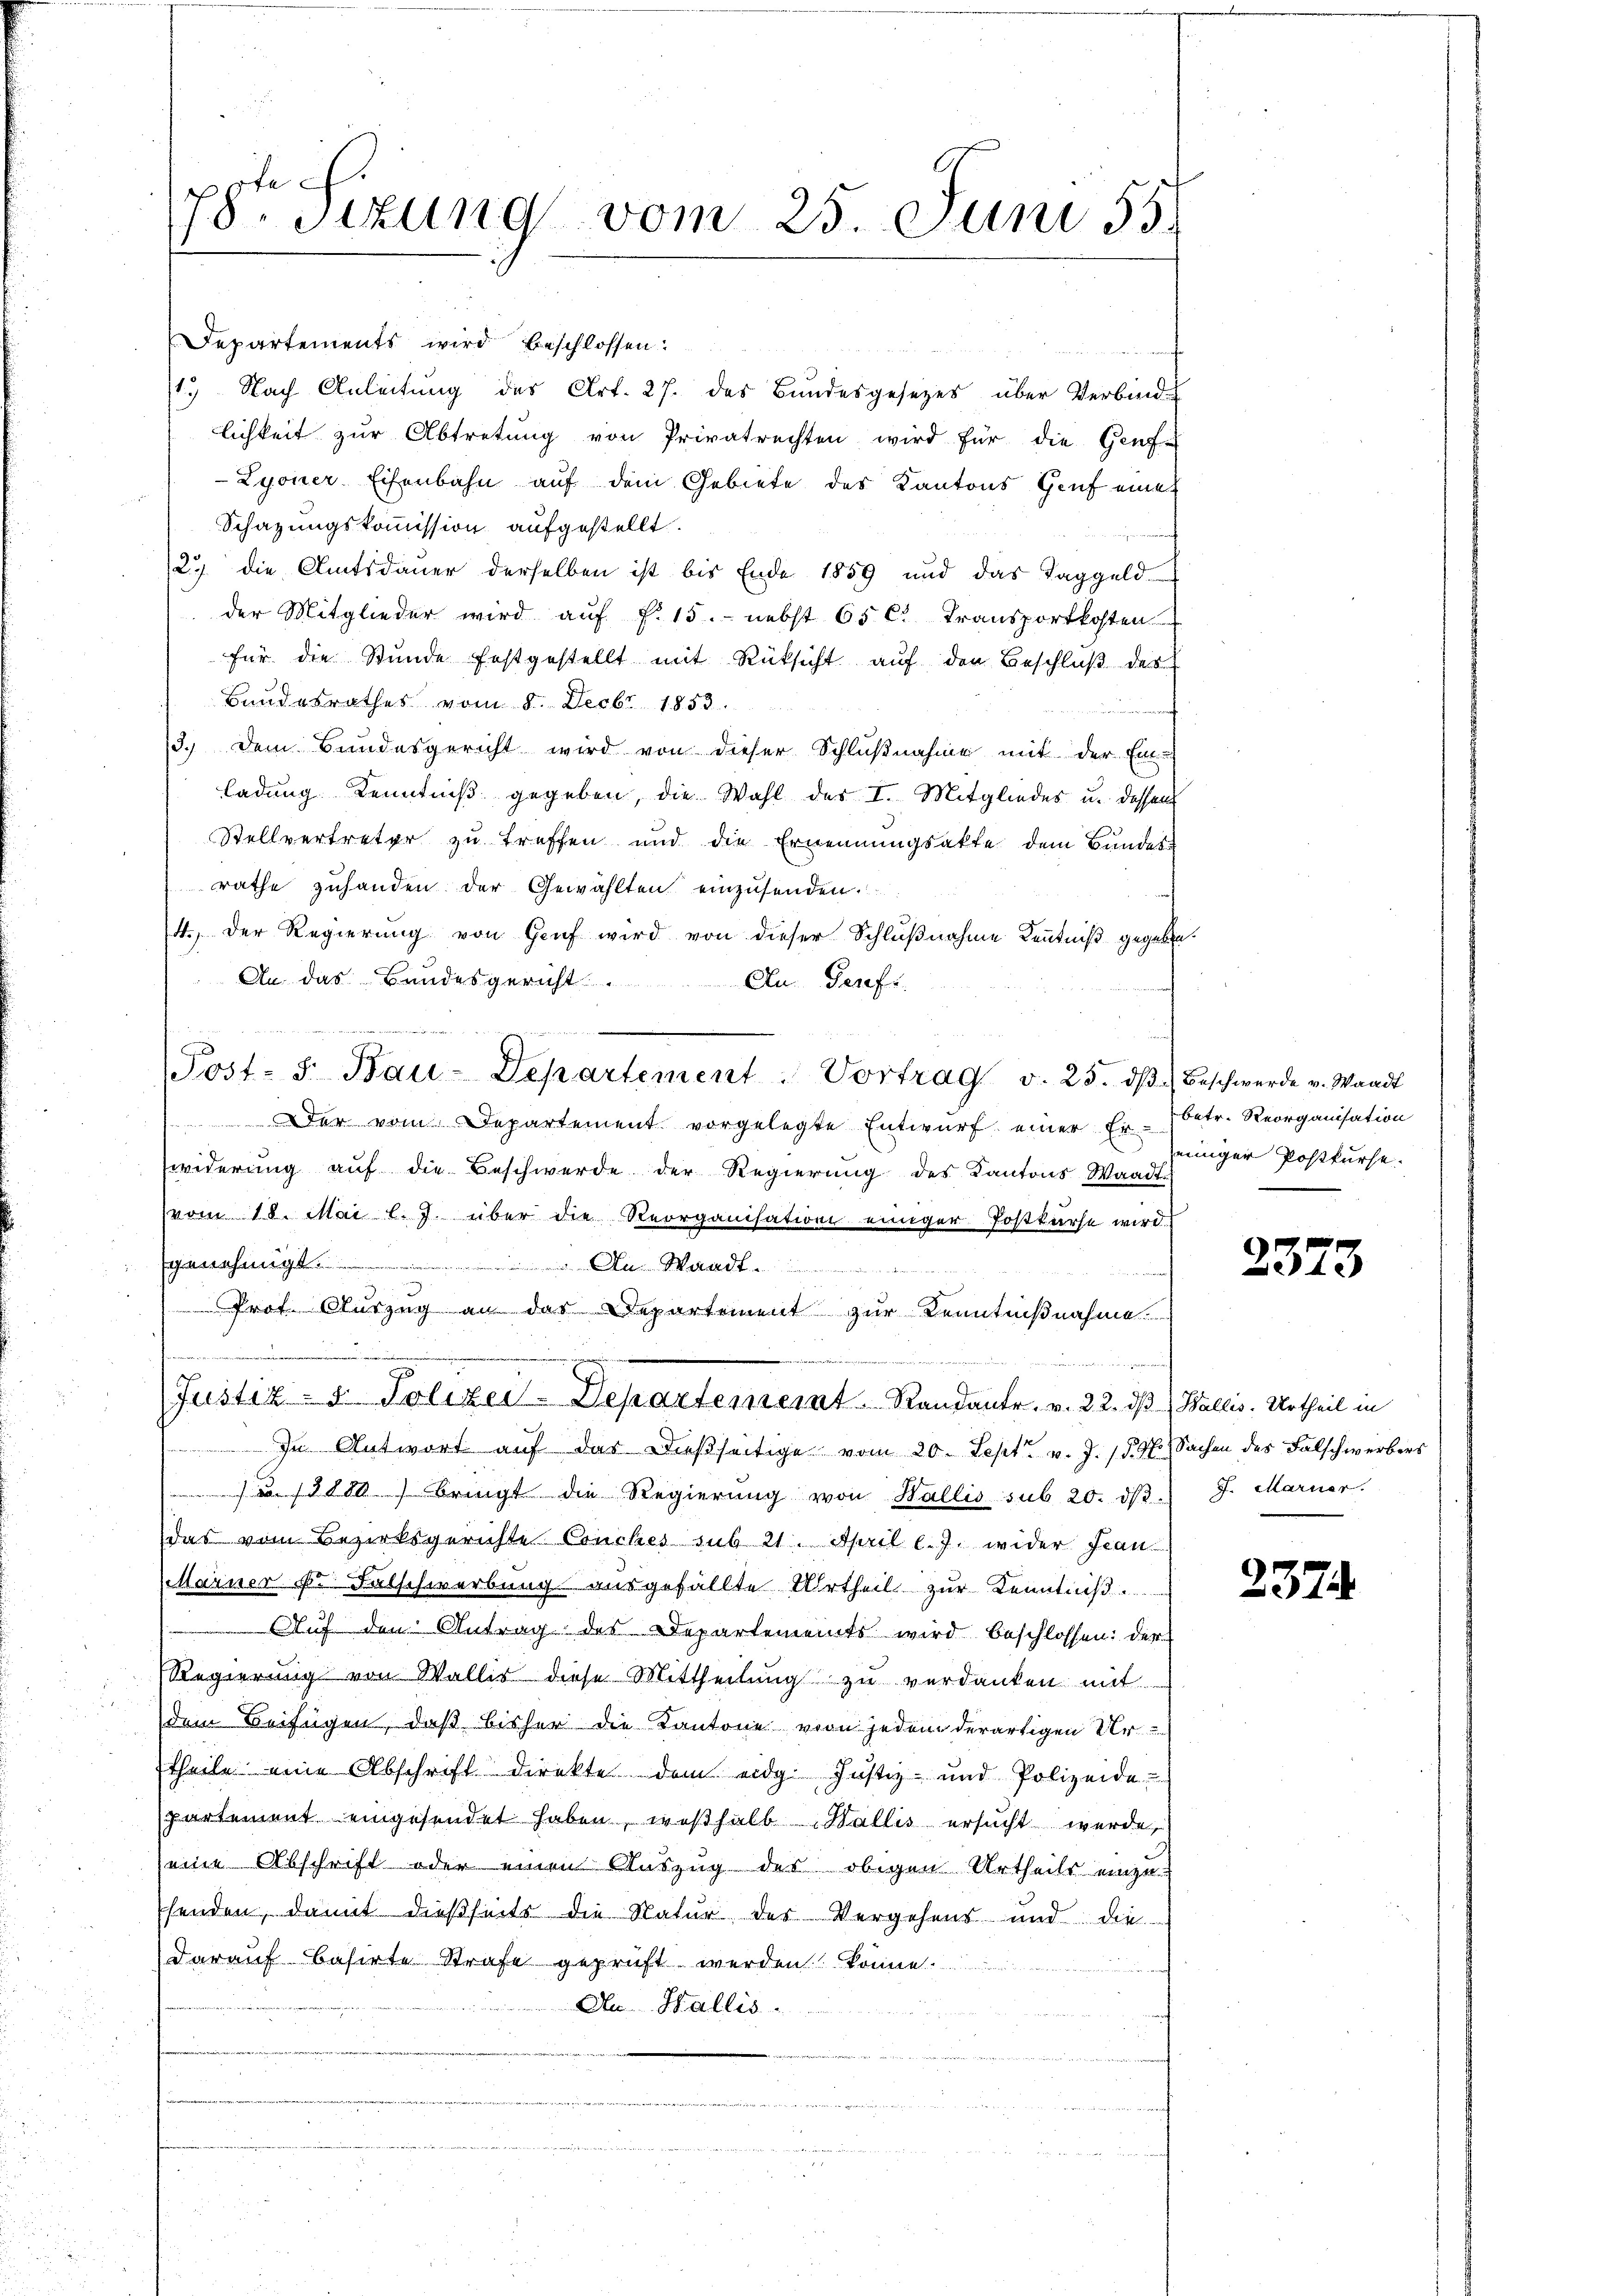
78te Sizung vom 25. Juni 55.

Departements wird beschlossen:
1.) Nach Anleitung des Art. 27. des Bundesgesetzes über Verbind
lichkeit zŭr Abtretŭng von Privatrechten wird für die Genf-
Lyoner Eisenbahn auf dem Gebiete der Kantons Genf eine
Schazungskommission aufgestellt.
27 die Amtsdauer derselben ist bis Ende 1859 und das Taggeld
der Mitglieder wird aŭf f. 15. nebst 65 C. Transportkosten
für die Stunde festgestellt mit Rüksicht auf den Beschluß des
Bandesrathes vom 8. Decbr 1853.
3.) Dem Bundesgericht wird von dieser Schlußnahme mit der Ein-
ladung Kenntniß gegeben, die Wahl des I. Mitgliedes u. dessen
Stellvertreter zu treffen und die Ernennungsakte dem Bundes-
rathe zuhanden der Gewählten einzusenden.
4.) Der Regierung von Genf wird von dieser Schlußnahme Kenntniß gegeben
An das Bundesgericht.
Au. Gerefs.
Post. S. Bau-Departement Vortrag v. 25. dβ beschwerde v. Waadt
 Der vom Departement vorgelegte Entwurf einer Er-
widerung auf die Beschwerde der Regierung des Kantons Waadt-
vom 18. Mai l. J. über die Reorganisation einiger Postkurse wird.
genehmigt. An Waadt.
3
Prof. Sturzug an das Departement zur Kenntnißnahme.
e
e
und
Justiz- & Polizei-Departemeint Randante. v. 22. dβ Wallis. Urtheil in
In Antwort auf das dießseitige vom 20. Sept. v. J. 159 f. Sachen des Falschwerbers
 bringt die Regierung von Wallis sub 20. dβ. J. Marier.
das vom Bezirksgerichte Conches sub 21. April l.J. wider Fran
Marner u. Falschwerbung ausgefällte Urtheil zur Kenntniß
Auf den Antrag des Departements wird beschlossen: der
Regierung von Wallis diese Mittheilŭng zu verdanken mit
dem Beifügen, daß bisher die Kantone von jedem derartigen Ur
theile eine Abschrift direkte dem eidg. Justiz- und Polizeide
partement eingesendet haben, weßhalb Wallis ersucht werde,
seine Abschrift oder einen Aŭszŭg der obigen Urtheils einzu-
henden, damit dießseits die Natur des Vergehens und die
darauf Basirte Strafe geprüft werden könne.
An Wallis.

betr. Reorganisation
einiger Postkurse.

2373

237